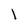
Character: I